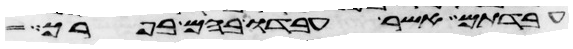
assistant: עבדתם אשר עבדו בהם בפרך